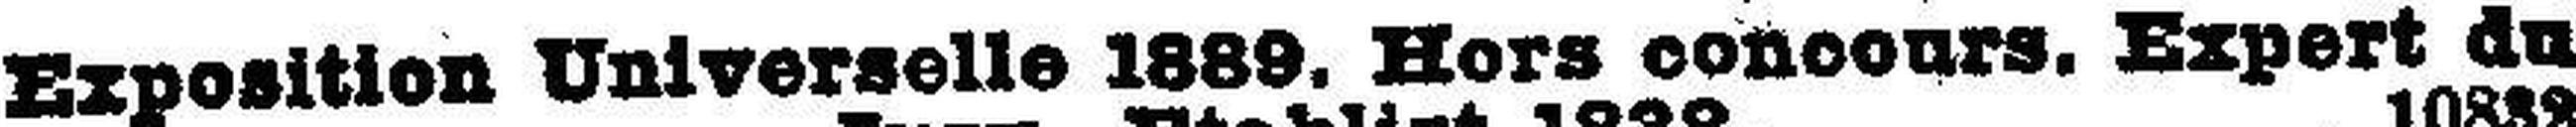
Exposition Universelle 1889. Hors concours. Expert du